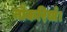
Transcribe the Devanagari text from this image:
नौकरियाँ।